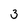
Character: 3